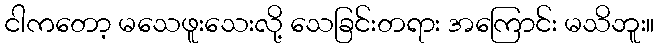
ငါကတော့ မသေဖူးသေးလို့ သေခြင်းတရား အကြောင်း မသိဘူး။